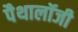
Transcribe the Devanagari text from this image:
पैथालॉजी